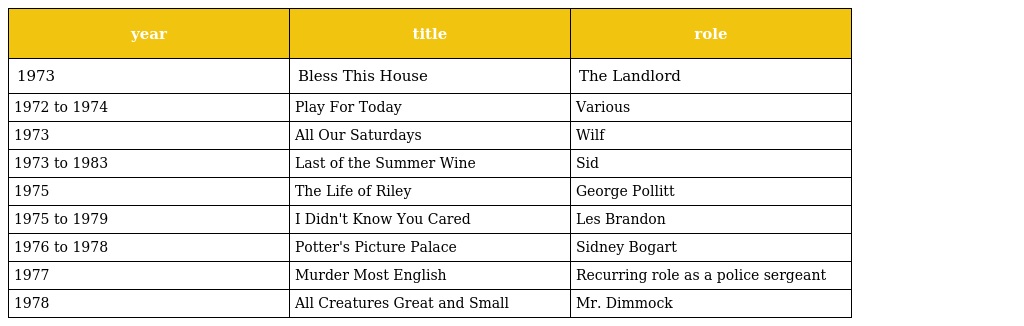
| year | title | role |
 | --- | --- | --- |
 | 1973 | Bless This House | The Landlord |
 | 1972 to 1974 | Play For Today | Various |
 | 1973 | All Our Saturdays | Wilf |
 | 1973 to 1983 | Last of the Summer Wine | Sid |
 | 1975 | The Life of Riley | George Pollitt |
 | 1975 to 1979 | I Didn't Know You Cared | Les Brandon |
 | 1976 to 1978 | Potter's Picture Palace | Sidney Bogart |
 | 1977 | Murder Most English | Recurring role as a police sergeant |
 | 1978 | All Creatures Great and Small | Mr. Dimmock |